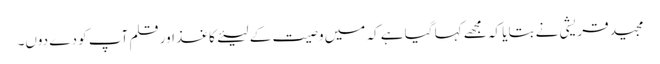
مجید قریشی نے بتایا کہ مجھے کہا گیا ہے کہ میں وصیت کے لیئےکاغذ اور قلم آپ کو دے دوں۔